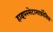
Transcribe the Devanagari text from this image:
हाइपरमेटामार्फ़ोसिस